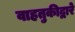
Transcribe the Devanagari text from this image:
वाहतुकीद्वारे